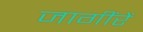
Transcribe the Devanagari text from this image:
जागींरें